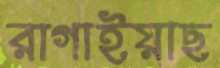
রাগাইয়াছ